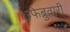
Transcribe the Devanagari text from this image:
१३फेब्रुवारी